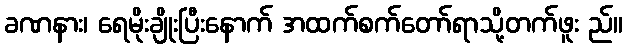
ခဏနား၊ ရေမိုးချိုးပြီးနောက် အထက်စက်တော်ရာသို့တက်ဖူး ည်။